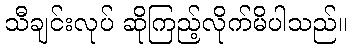
သီချင်းလုပ် ဆိုကြည့်လိုက်မိပါသည်။